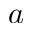
a